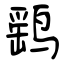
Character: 鹞